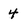
Character: 4